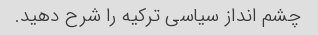
چشم انداز سیاسی ترکیه را شرح دهید.